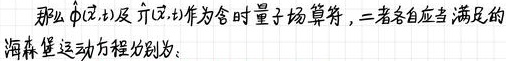
那么$\phi(x,t)$及$\dot{\phi}(x,t)$作为含时量子场算符，二者各自应当满足的海森堡运动方程分别为：